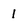
Character: 1